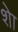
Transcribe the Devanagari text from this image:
शेा